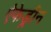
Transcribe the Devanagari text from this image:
ऐफेड्रीन